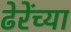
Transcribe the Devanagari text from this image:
ढेरेंच्या